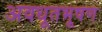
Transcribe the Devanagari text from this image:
अवधूतभूषण